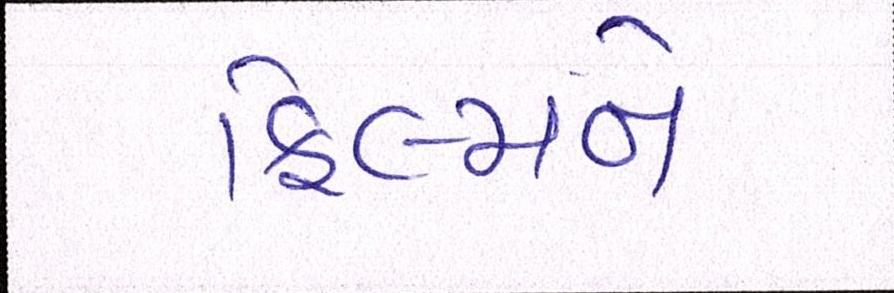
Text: ફિલ્મને